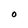
Character: o